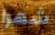
شهرا